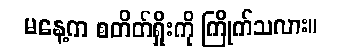
မနေ့က စတိတ်ရှိုးကို ကြိုက်သလား။